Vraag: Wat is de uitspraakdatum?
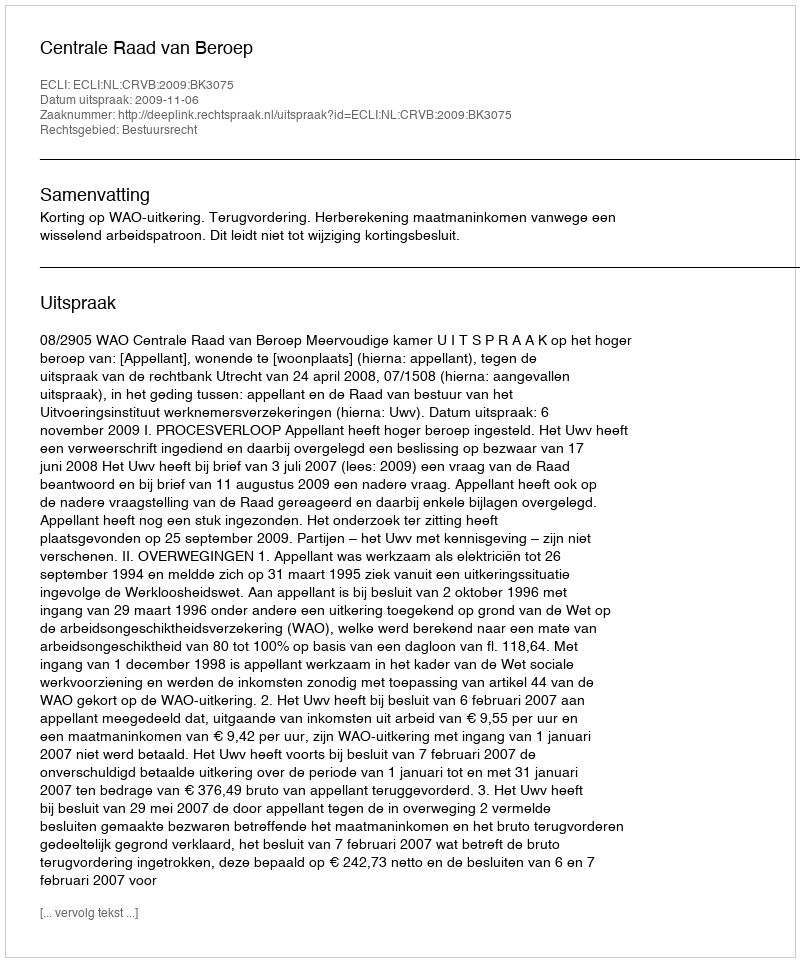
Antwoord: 2009-11-06